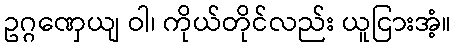
ဥဂ္ဂဏှေယျ ဝါ၊ ကိုယ်တိုင်လည်း ယူငြားအံ့။